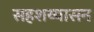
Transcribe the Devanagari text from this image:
सहशय्यासन